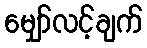
မျှော်လင့်ချက်